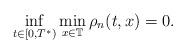
LaTeX: \begin{align*} \inf_{t \in [0,T^{*})} \min_{x \in \mathbb{T}} \rho_{n}(t,x) = 0.\end{align*}